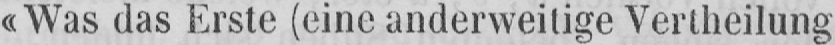
«Was das Erste (eine anderweitige Vertheilung